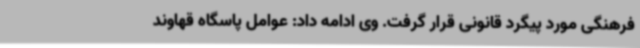
فرهنگی مورد پیگرد قانونی قرار گرفت. وی ادامه داد: عوامل پاسگاه قهاوند